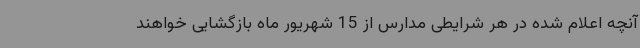
آنچه اعلام شده در هر شرایطی مدارس از 15 شهریور ماه بازگشایی خواهند